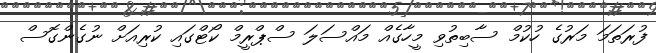
ފުރަތަމަ މަރުގެ ހުކުމް ސާބިތުވި މީހާގެއް މައްސަލަ ސްޕްރީމް ކޯޓްގައި ކުރިއަށް ނުގެންގޮސް